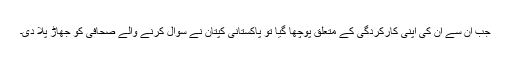
جب ان سے ان کی اپنی کارکردگی کے متعلق پوچھا گیا تو پاکستانی کپتان نے سوال کرنے والے صحافی کو جھاڑ پلا دی۔